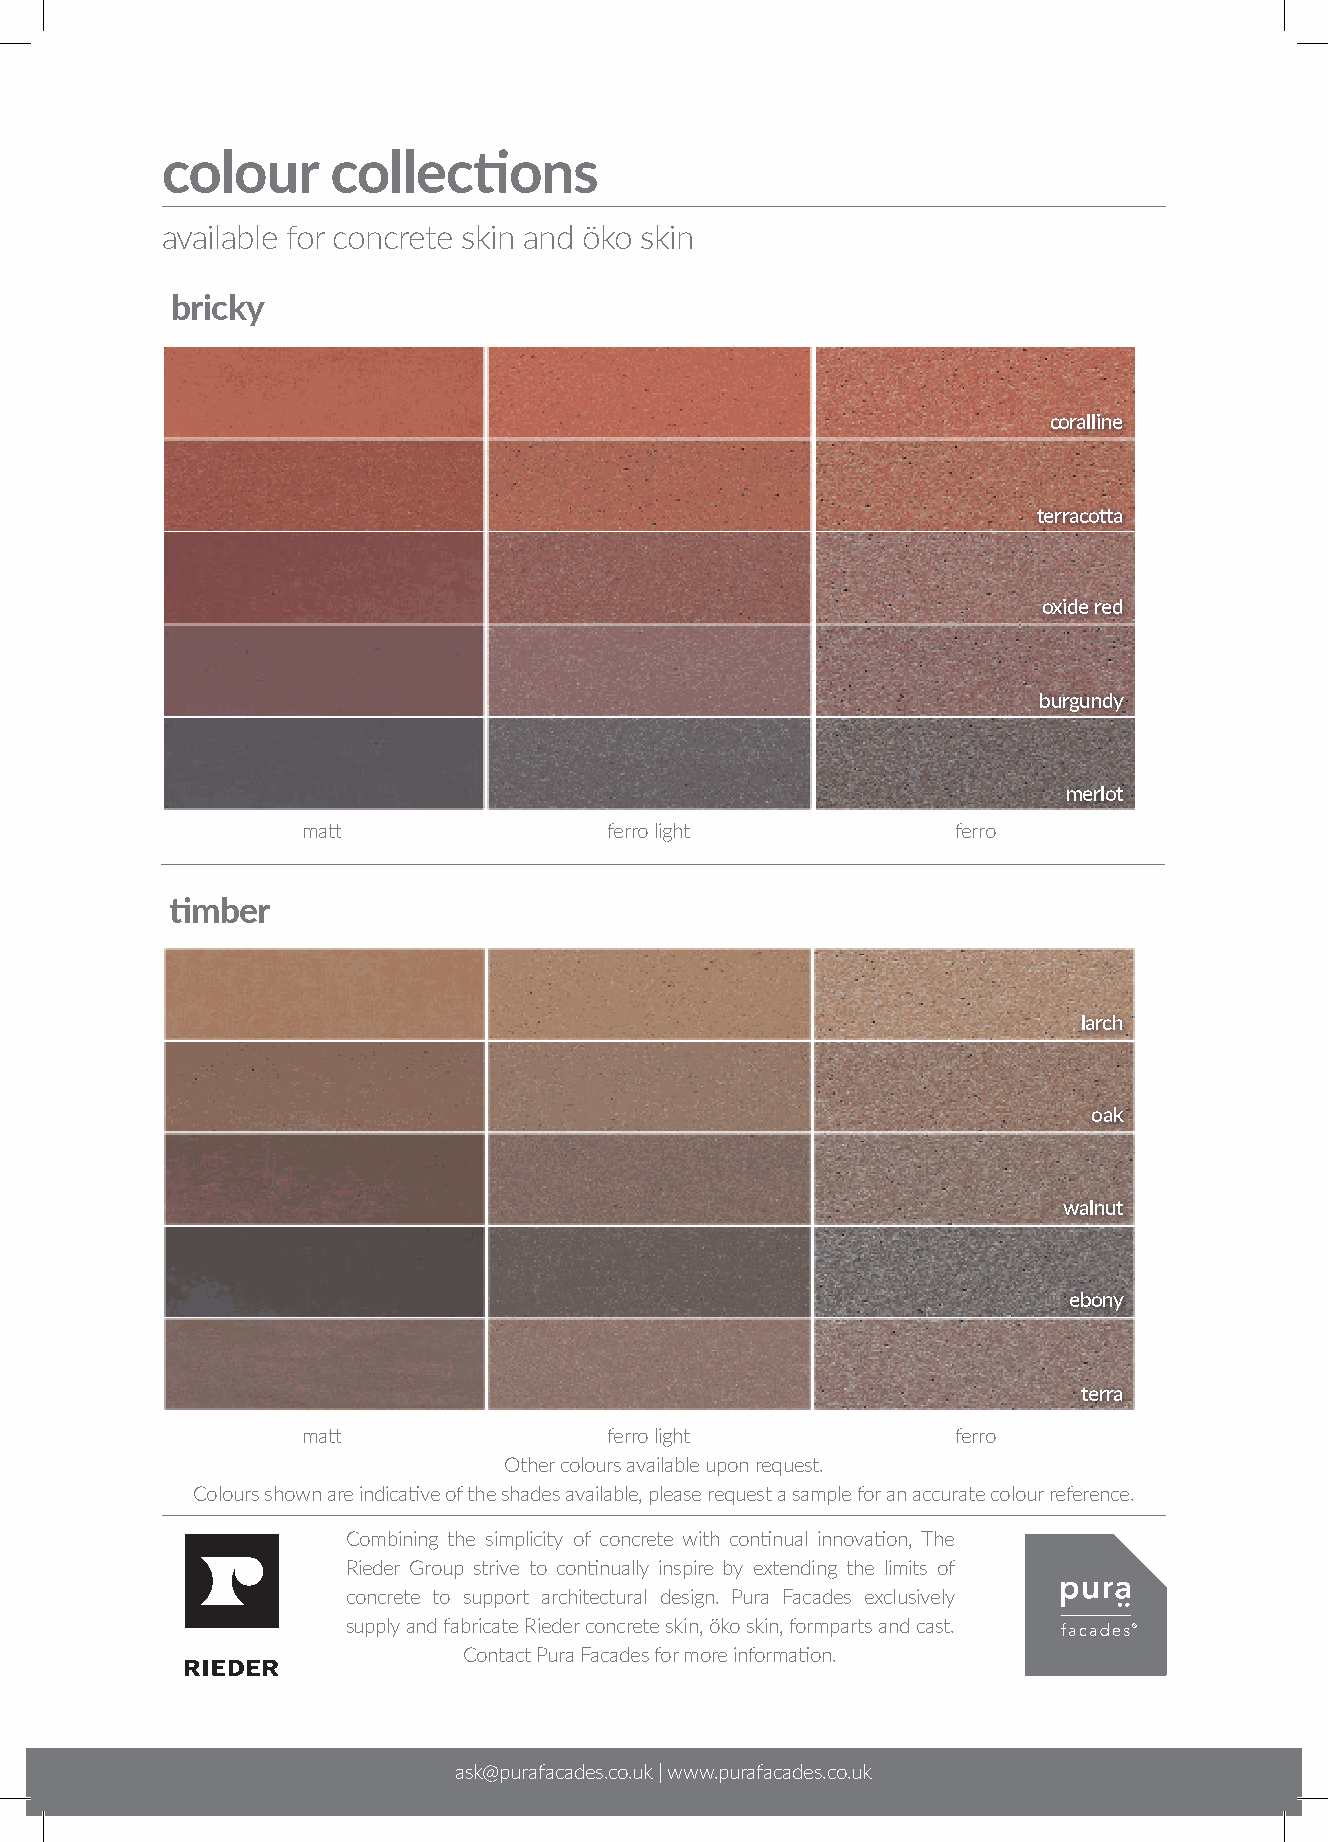
colour     collections
 available for concrete skin and öko skin
 bricky
 coralline
 terracotta
 oxide red
 burgundy
 merlot
 matt                ferro light            ferro
 timber
 larch
 oak
 walnut
 ebony
 terra
 matt                ferro light            ferro
 Other colours available upon request.
 Colours shown are indicative of the shades available, please request a sample for an accurate colour reference.
 Combining the simplicity of concrete with continual innovation, The
 Rieder Group strive to continually inspire by extending the limits of
 concrete to support architectural design. Pura Facades exclusively
 supply and fabricate Rieder concrete skin, öko skin, formparts and cast.
 Contact Pura Facades for more information.
 ask@purafacades.co.uk | www.purafacades.co.uk